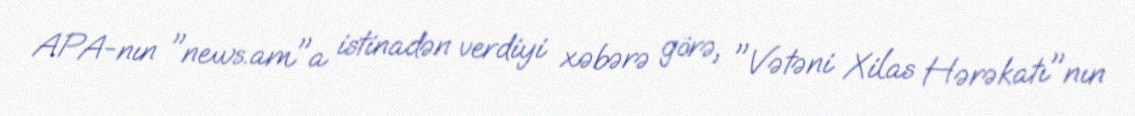
APA-nın "news.am"a istinadən verdiyi xəbərə görə, "Vətəni Xilas Hərəkatı"nın